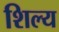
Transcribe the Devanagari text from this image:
शिल्य